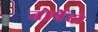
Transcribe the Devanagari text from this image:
तोर्पेदो